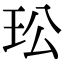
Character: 玜